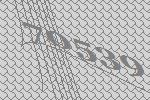
70539